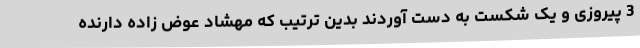
3 پیروزی و یک شکست به دست آوردند بدین ترتیب که مهشاد عوض زاده دارنده